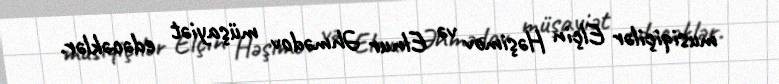
musiqiçilər Elçin Həşimov və Elnur Əhmədov müşayiət edəcəklər.